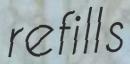
refills